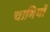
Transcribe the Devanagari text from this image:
चाभियों